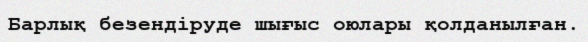
Барлық безендіруде шығыс оюлары қолданылған.